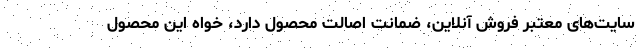
سایت‌های معتبر فروش آنلاین، ضمانت اصالت محصول دارد، خواه این محصول